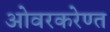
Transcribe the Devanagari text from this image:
ओवरकरेण्त